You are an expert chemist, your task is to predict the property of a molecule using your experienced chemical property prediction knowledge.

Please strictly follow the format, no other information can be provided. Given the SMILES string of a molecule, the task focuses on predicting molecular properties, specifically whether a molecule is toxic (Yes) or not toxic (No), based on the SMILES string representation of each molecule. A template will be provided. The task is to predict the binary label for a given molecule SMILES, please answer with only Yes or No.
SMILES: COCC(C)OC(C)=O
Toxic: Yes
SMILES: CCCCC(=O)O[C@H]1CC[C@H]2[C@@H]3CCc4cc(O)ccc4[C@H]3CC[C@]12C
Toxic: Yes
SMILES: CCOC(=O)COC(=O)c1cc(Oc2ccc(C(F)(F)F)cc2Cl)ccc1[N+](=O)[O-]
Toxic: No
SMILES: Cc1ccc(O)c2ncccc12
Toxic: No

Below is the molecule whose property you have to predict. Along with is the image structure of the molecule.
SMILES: CC(C)OC(=O)c1cc2c(OCC(O)CNC(C)(C)C)cccc2[nH]1
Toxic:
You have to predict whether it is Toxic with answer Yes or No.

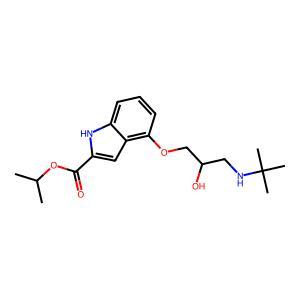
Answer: No